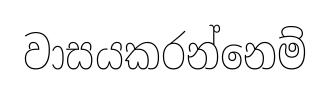
වාසයකරන්නෙම්